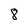
Character: 8